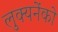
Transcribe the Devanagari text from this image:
लुक्यनेंको